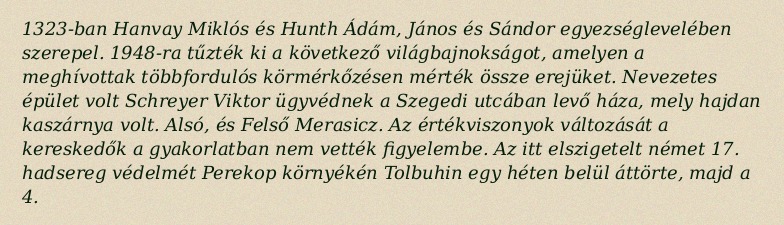
1323-ban Hanvay Miklós és Hunth Ádám, János és Sándor egyezséglevelében szerepel. 1948-ra tűzték ki a következő világbajnokságot, amelyen a meghívottak többfordulós körmérkőzésen mérték össze erejüket. Nevezetes épület volt Schreyer Viktor ügyvédnek a Szegedi utcában levő háza, mely hajdan kaszárnya volt. Alsó, és Felső Merasicz. Az értékviszonyok változását a kereskedők a gyakorlatban nem vették figyelembe. Az itt elszigetelt német 17. hadsereg védelmét Perekop környékén Tolbuhin egy héten belül áttörte, majd a 4.